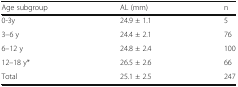
| Age subgroup | AL (mm) | n |
 | --- | --- | --- |
 | 0-3y | 24.9 ± 1.1 | 5 |
 | 3–6 y | 24.4 ± 2.1 | 76 |
 | 6–12 y | 24.8 ± 2.4 | 100 |
 | 12–18 y* | 26.5 ± 2.6 | 66 |
 | Total | 25.1 ± 2.5 | 247 |